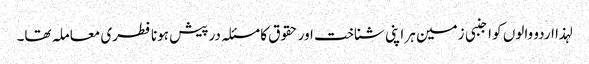
لہذا اردو والوں کو اجنبی زمین ہر اپنی شناخت اور حقوق کا مسئلہ درپیش ہونا فطری معاملہ تھا۔